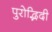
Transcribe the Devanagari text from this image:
पुरोद्भिदी